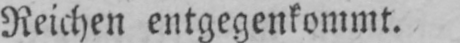
Reichen entgegenkommt.